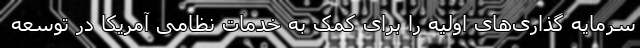
سرمایه گذاری‌های اولیه را برای کمک به خدمات نظامی آمریکا در توسعه